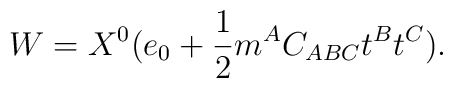
W=X^0(e_0+{1\over 2 }m^A C_{ABC}t^B t^C).